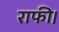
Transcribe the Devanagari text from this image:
राफी।